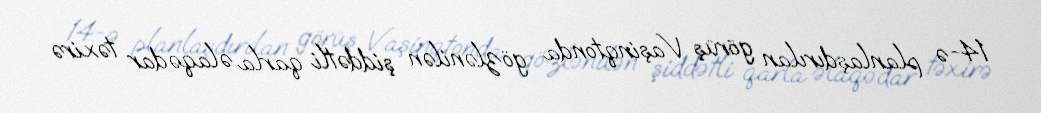
14-ə planlaşdırılan görüş Vaşinqtonda gözlənilən şiddətli qarla əlaqədar təxirə